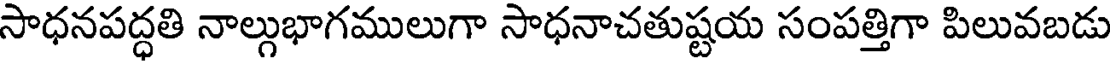
సాధనపద్ధతి నాల్గుభాగములుగా సాధనాచతుష్టయ సంపత్తిగా పిలువబడు